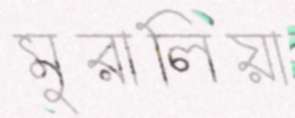
মুরালিয়া